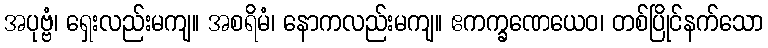
အပုဗ္ဗံ၊ ရှေးလည်းမကျ။ အစရိမံ၊ နောကလည်းမကျ။ ဧကက္ခဏေယေဝ၊ တစ်ပြိုင်နက်သော